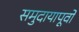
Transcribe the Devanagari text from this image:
समुदायापूर्वों